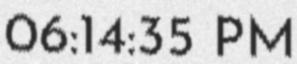
06:14:35 PM